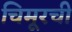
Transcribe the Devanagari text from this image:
चिमूरची